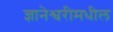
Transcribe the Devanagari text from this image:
ज्ञानेश्वरीमधील